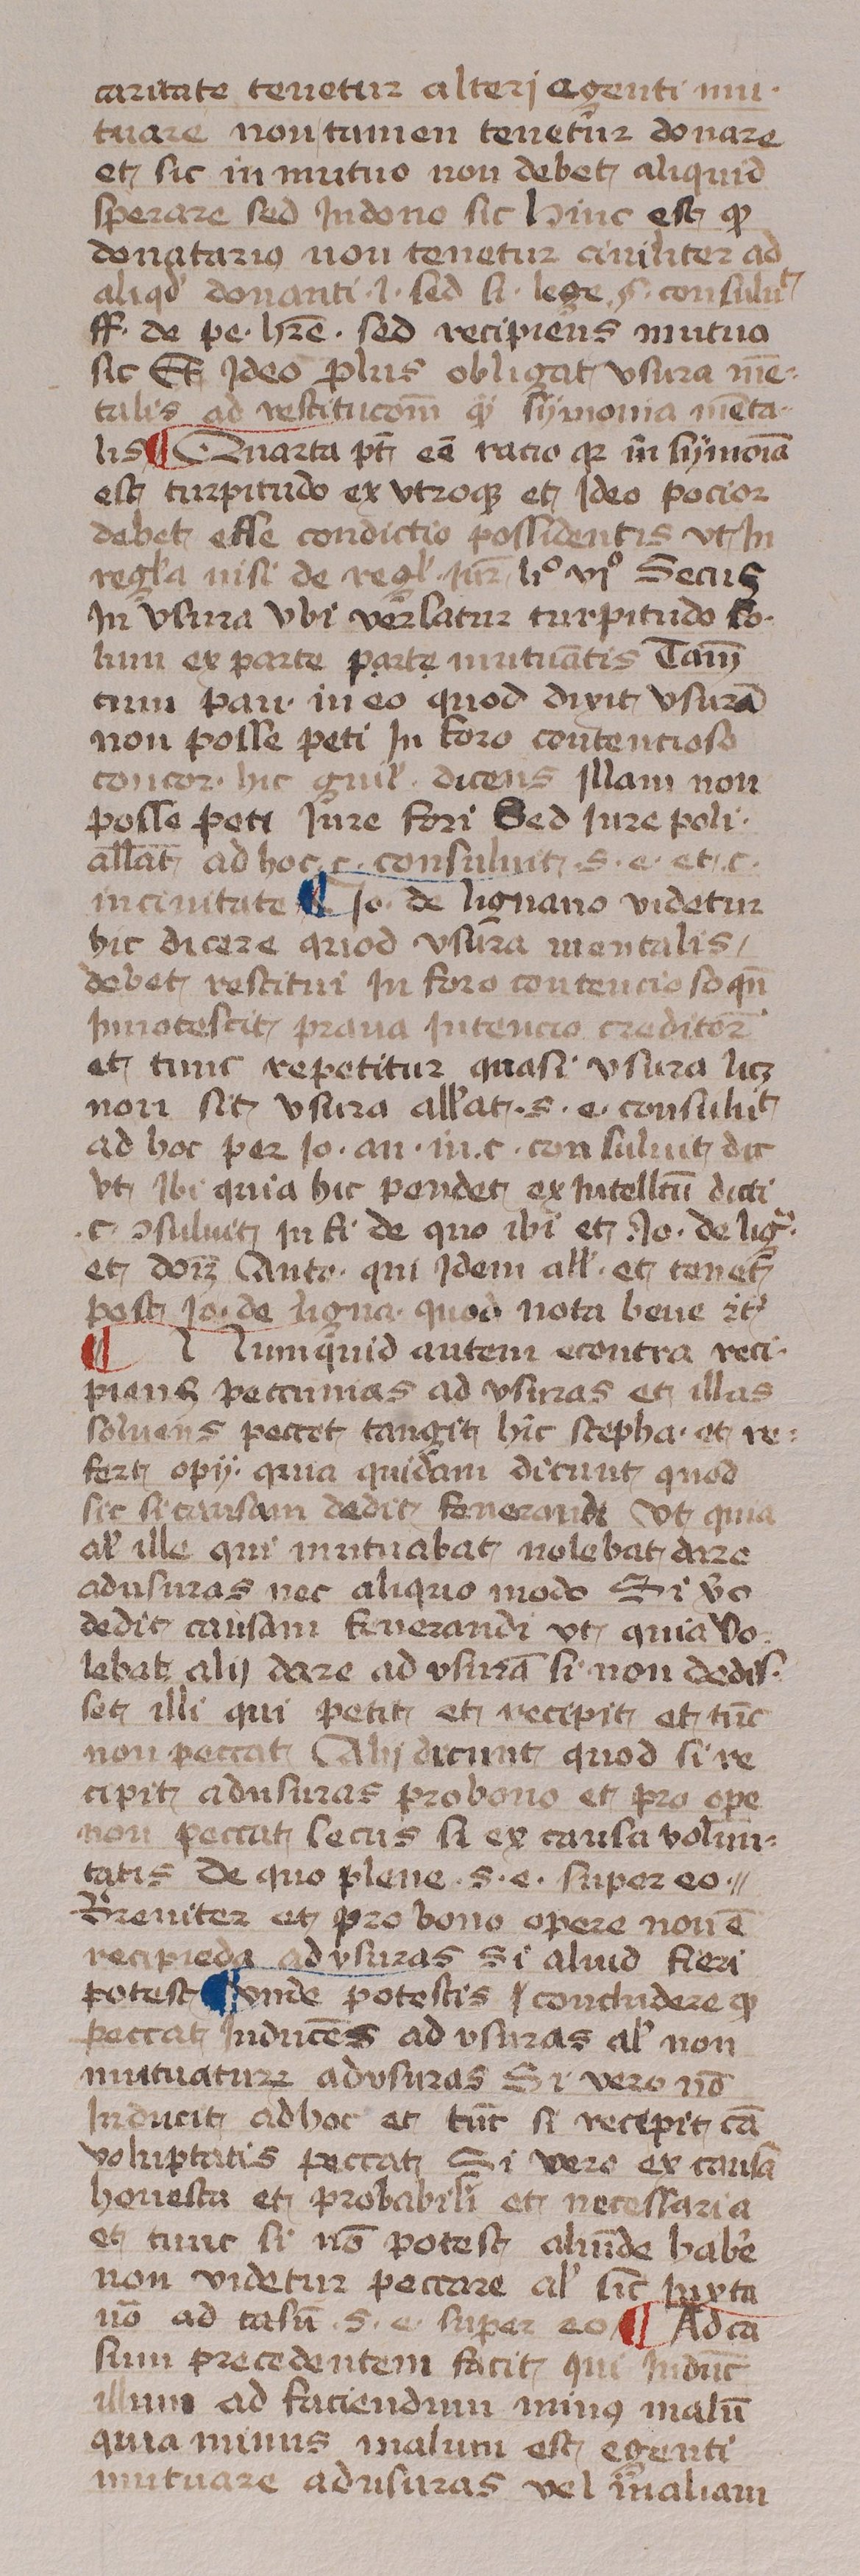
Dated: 1433–1465